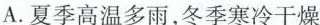
A.夏季高温多雨，冬季寒冷干燥